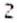
2